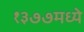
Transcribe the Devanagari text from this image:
१३७७मध्ये